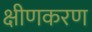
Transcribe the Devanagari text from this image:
क्षीणकरण